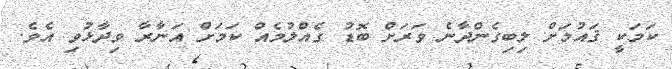
ކަމަކީ ޤައުމަށް ލިބިގެންދާނެ ވަރަށް ބޮޑު ގެއްލުމެއް ކަމަށް އަނާރާ ވިދާޅުވި އެވެ.